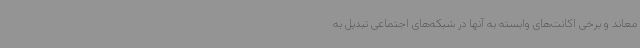
معاند و برخی اکانت‌های وابسته به آنها در شبکه‌های اجتماعی تبدیل به